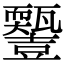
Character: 𤮵